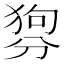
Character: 𤟳